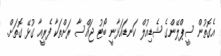
އެގޮތުން ސީޕްލޭންގެ ޝެޑިއުލް ކަނޑައަޅާނީ ބޯޓު ޖައްސާ ރަށްތަކާ ފެރީއާ ގުޅޭ ގޮތަށް.